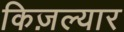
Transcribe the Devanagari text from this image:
किज़ल्यार